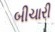
બીચારી